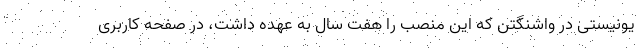
یونیستی در واشنگتن که این منصب را هفت سال به عهده داشت، در صفحه کاربری